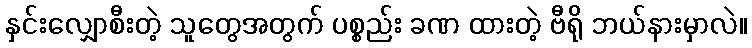
နှင်းလျှောစီးတဲ့ သူတွေအတွက် ပစ္စည်း ခဏ ထားတဲ့ ဗီရို ဘယ်နားမှာလဲ။